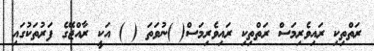
ރަތްތިކި ރައިވެރިމަސް ރަތްތިކި ރައިވެރިމަސް( )ނުވަތަ ( ) އަކީ ރާއްޖޭގެ ފަރުތަކުގައި